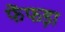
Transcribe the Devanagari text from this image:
फेंफड़ा